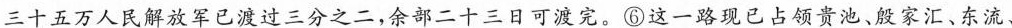
三十五万人民解放军已渡过三分之二，余部二十三日可渡完。⑥这一路现已占领贵池、殷家汇、东流、